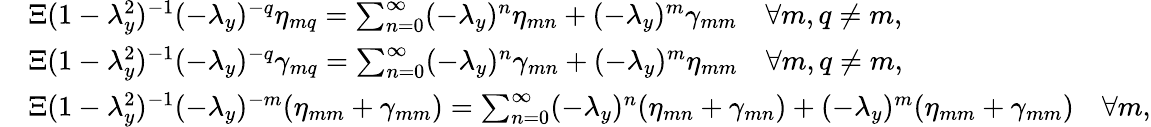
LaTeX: \begin{array}{rl}&{\Xi(1-\lambda_{y}^{2})^{-1}(-\lambda_{y})^{-q}\eta_{mq}=\sum_{n=0}^{\infty}(-\lambda_{y})^{n}\eta_{mn}+(-\lambda_{y})^{m}\gamma_{mm}\quad\forall m,q\neq m,}\\ &{\Xi(1-\lambda_{y}^{2})^{-1}(-\lambda_{y})^{-q}\gamma_{mq}=\sum_{n=0}^{\infty}(-\lambda_{y})^{n}\gamma_{mn}+(-\lambda_{y})^{m}\eta_{mm}\quad\forall m,q\neq m,}\\ &{\Xi(1-\lambda_{y}^{2})^{-1}(-\lambda_{y})^{-m}(\eta_{mm}+\gamma_{mm})=\sum_{n=0}^{\infty}(-\lambda_{y})^{n}(\eta_{mn}+\gamma_{mn})+(-\lambda_{y})^{m}(\eta_{mm}+\gamma_{mm})\quad\forall m,}\end{array}